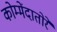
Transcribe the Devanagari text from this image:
कोम्मेंदातोरे